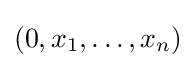
(0,x_{1},\dots ,x_{n})